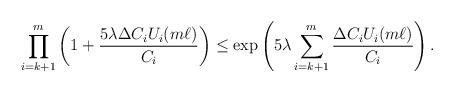
LaTeX: \begin{align*}\prod_{i=k+1}^m \left(1+ \frac{5\lambda \Delta C_i U_i(m\ell)}{C_i}\right)\le \exp\left(5 \lambda \sum_{i=k+1}^m \frac{\Delta C_i U_i(m\ell)}{C_i}\right).\end{align*}